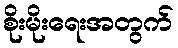
စိုးမိုးရေးအတွက်